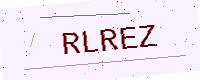
Text: RLREZ